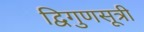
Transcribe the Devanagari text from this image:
द्विगुणसूत्री